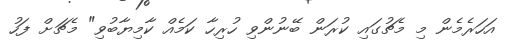
އަހަރެމެން މި މެޗުގައި ކުރަން ބޭނުންވި ހުރިހާ ކަމެއް ކާމިޔާބުވި" މެޗަށް ފަހު